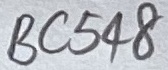
Text: BC548